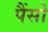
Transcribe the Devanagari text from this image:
पैंसो